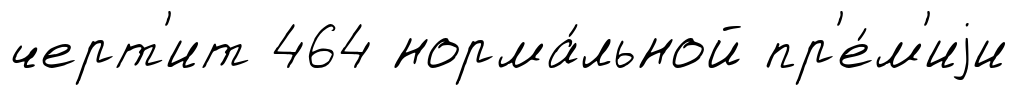
черт'ит 464 норма́льной пр'е́м'иjи